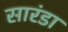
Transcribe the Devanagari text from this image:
सारंडा